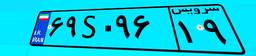
۶۹S۰۹۶۱۹